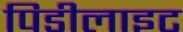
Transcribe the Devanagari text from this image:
पिडीलाइट